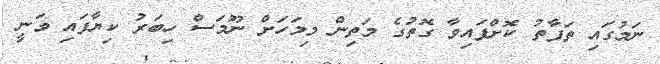
ނަމުގައި ތަފާތު ކޮށްފައިވާ ގޮތުގެ މަތިން މިމަހަށް ނޫމަސް ހިބަރު ކިޔާފައި ވަނީ